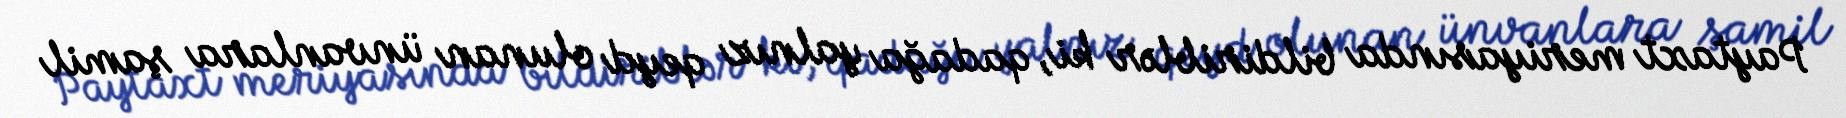
Paytaxt meriyasında bildiriblər ki, qadağa yalnız qeyd olunan ünvanlara şamil